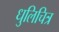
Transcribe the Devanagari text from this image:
धुलिचित्र